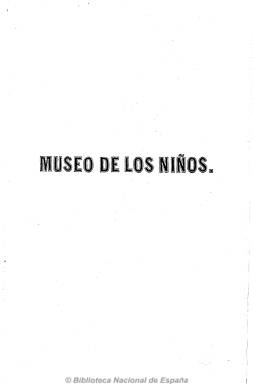
Título: Museo de los niños (Madrid. 1847)
Colección: Revistas infantiles
Ámbito geográfico: Madrid
Lugar de publicación: Madrid
Fechas: 01/04/1847-31/12/1850

Subtitulado “colección de leyendas y apuntes históricos y morales”, es una revista mensual ilustrada con abundantes grabados cuyos textos “tendrán siempre una forma amena y agradable con un objeto moral y provechoso”, tal como se indica en su artículo de presentación, y dedicada enteramente a entretener a las diferentes edades de la juventud de ambos sexos. Es editada a partir de abril de 1847 por Francisco de Paula y Mellado, en cuyo establecimiento tipográfico la imprime.

Aparece en números de 32 páginas, con artículos sobre historia de España y universal, de ciencias, historia natural, costumbres españolas, higiene, leyendas históricas, apuntes morales y fantásticos, viajes, biografías de hombres y mujeres célebres, estudios religiosos, cuentos y otras narraciones y algunas poesías, así como una serie sobre los “Niños de la Biblia”. Sus grabados son retratos, escenas, alegorías, paisajes, etc., que acompañan siempre a los textos.

Sus redactores son también los del Museo de las familias (1843-1871), otra de las revistas editadas por Mellado, apareciendo principalmente textos firmados por F. Fernández Villegas, Ildefonso A. Bermejo y Basilio Sebastián Castellanos, así como alguna traducción, como la de A. Dumas.

Dejó de publicarse en diciembre de 1850. Su colección la forman cuatro tomos anuales, con un índice al final de cada uno.